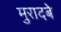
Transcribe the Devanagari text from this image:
मुरादबे